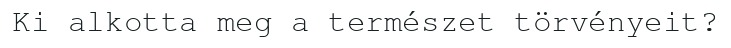
Ki alkotta meg a természet törvényeit?